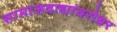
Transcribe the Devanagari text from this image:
सामाजवाद्यांवरोबर